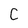
Character: C